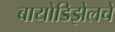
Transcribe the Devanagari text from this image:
बायोडिझेलचे